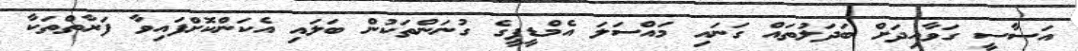
އަސާސީ ގަވާއިދަށް ބަދަލުތައް ގަނައި މައްސަލަ އެމްޑީޕީގެ ގުނަންތަކުން ބަލައި އެކަންކޮށްފައިވާ ފަރާތްތަކާ